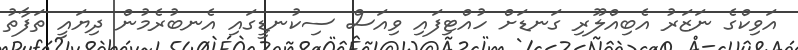
އަވިކްގެ ނަޒަރު އެބިއްލޫރި ގަނޑަށް ހުއްޓިފައި ވިއަސް ސިކުނޑީގައި އެނބުރެމުން ދިޔައީ ތަފާތު